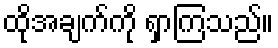
ထိုအချက်ကို ရှာကြသည်။